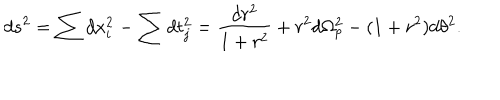
d s ^ { 2 } = \sum d x _ { i } ^ { 2 } - \sum d t _ { j } ^ { 2 } = \frac { d r ^ { 2 } } { 1 + r ^ { 2 } } + r ^ { 2 } d \Omega _ { p } ^ { 2 } - ( 1 + r ^ { 2 } ) d \theta ^ { 2 } .